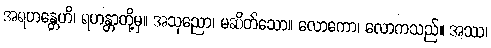
အရဟန္တေဟိ၊ ရဟန္တာတို့မှ။ အသုညော၊ မဆိတ်သော။ လောကော၊ လောကသည်။ အဿ၊